Lunatic asylums in Bengal annual reports 1888-1898 - 1888-1898
Year: 1888
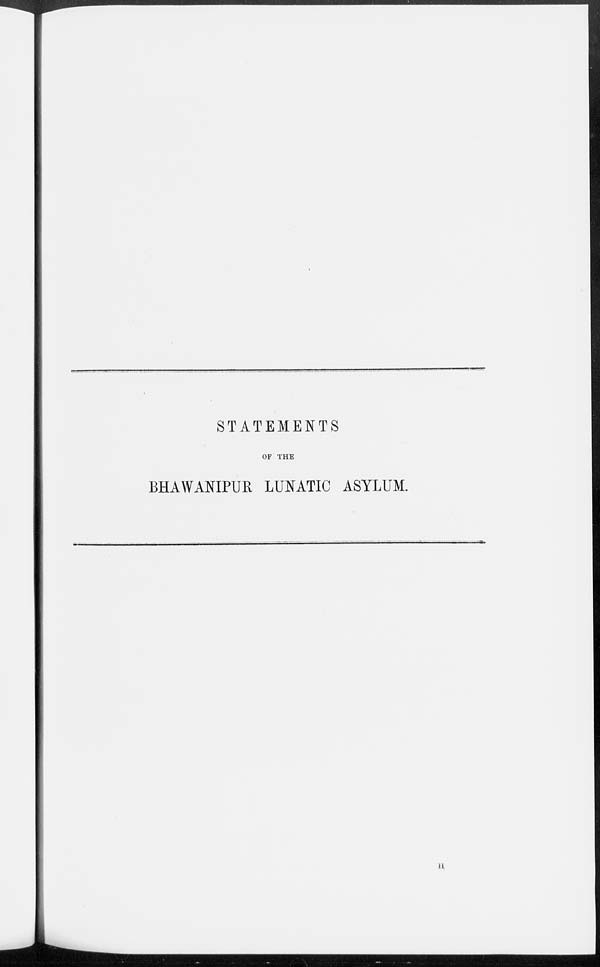
STATEMENTS
OF THE
BHAWANIPUR LUNATIC ASYLUM.
H